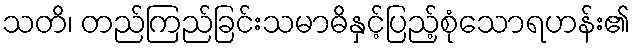
သတိ၊ တည်ကြည်ခြင်းသမာဓိနှင့်ပြည့်စုံသောရဟန်း၏